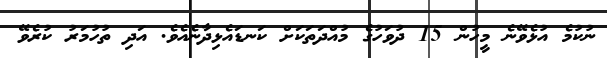
ނުކުމެ އުޅެވޭނެ މީހުން 15 ދުވަހުގެ މުއްދަތަކަށް ކަނޑައެޅިދާނެއެވެ. އަދި ތުހުމަރު ކުރެވޭ